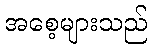
အစေ့များသည်